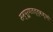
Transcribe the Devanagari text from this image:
सम्पूर्णतत्त्वज्ञो